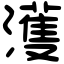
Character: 濩